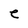
Character: e